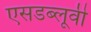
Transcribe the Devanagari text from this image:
एसडब्लूवी